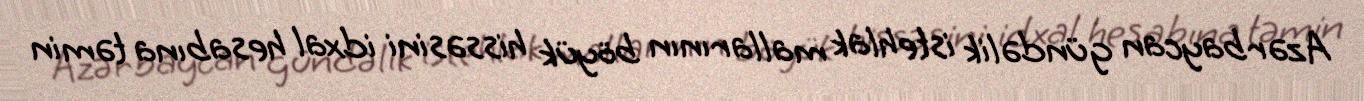
Azərbaycan gündəlik istehlak mallarının böyük hissəsini idxal hesabına təmin